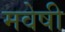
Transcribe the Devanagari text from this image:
मवेषी